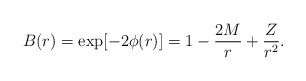
\begin{align*}B(r) = \exp[-2\phi(r)] = 1 -{2M\over r} + {Z\over r^2}.\end{align*}